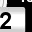
Digit: 2